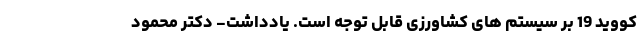
کووید 19 بر سیستم های کشاورزی قابل توجه است. یادداشت- دکتر محمود